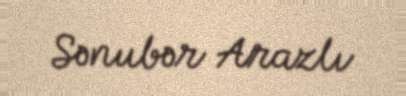
Sənubər Arazlı